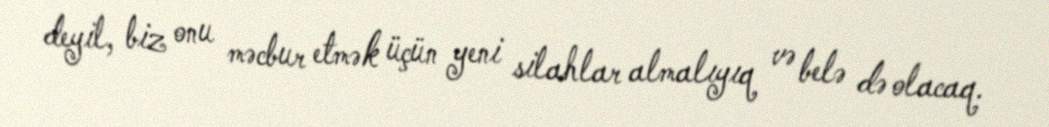
deyil, biz onu məcbur etmək üçün yeni silahlar almalıyıq və belə də olacaq.